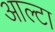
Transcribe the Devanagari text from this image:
आल्टा